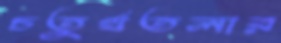
চতুর্থতলার